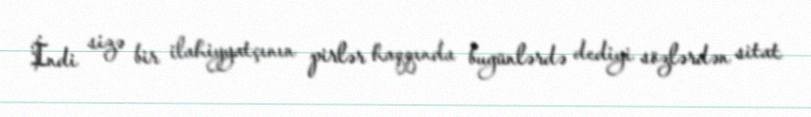
İndi sizə bir ilahiyyatçının pirlər haqqında bugünlərdə dediyi sözlərdən sitat